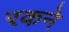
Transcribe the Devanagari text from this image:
रकने